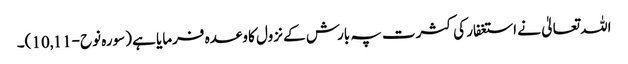
اللہ تعالیٰ نے استغفار کی کثرت پہ بارش کے نزول کا وعدہ فرمایا ہے (سورہ نوح-10,11)۔